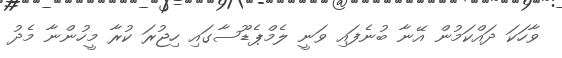
ވާހަކަ ދައްކަމުން އޭނާ ބުނެފައި ވަނީ ލެމްޕެޑޫސާގައި ހިޖުރަ ކުރާ މީހުންނާ މެދު